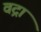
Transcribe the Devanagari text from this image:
वद्रा